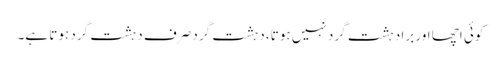
کوئی اچھا اور برا دہشت گرد نہیں ہوتا، دہشت گرد صرف دہشت گرد ہوتا ہے۔